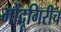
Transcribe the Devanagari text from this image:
भोंदूगिरीच